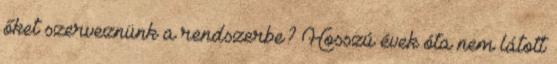
őket szerveznünk a rendszerbe? Hosszú évek óta nem látott